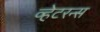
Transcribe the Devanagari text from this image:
व्हेटरन्स